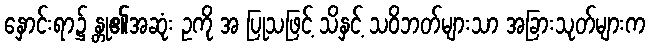
နှောင်းရာ၌ န္တု၏အဆုံး ဥကို အ ပြုသဖြင့် သိနှင့် သဝိဘတ်များသာ အခြားသုတ်များက